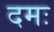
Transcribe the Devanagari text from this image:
दमः